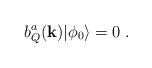
LaTeX: \begin{align*}b_Q^a({\bf k})|{\phi_0}\rangle=0\;.\end{align*}